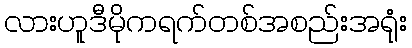
လားဟူဒီမိုကရက်တစ်အစည်းအရုံး